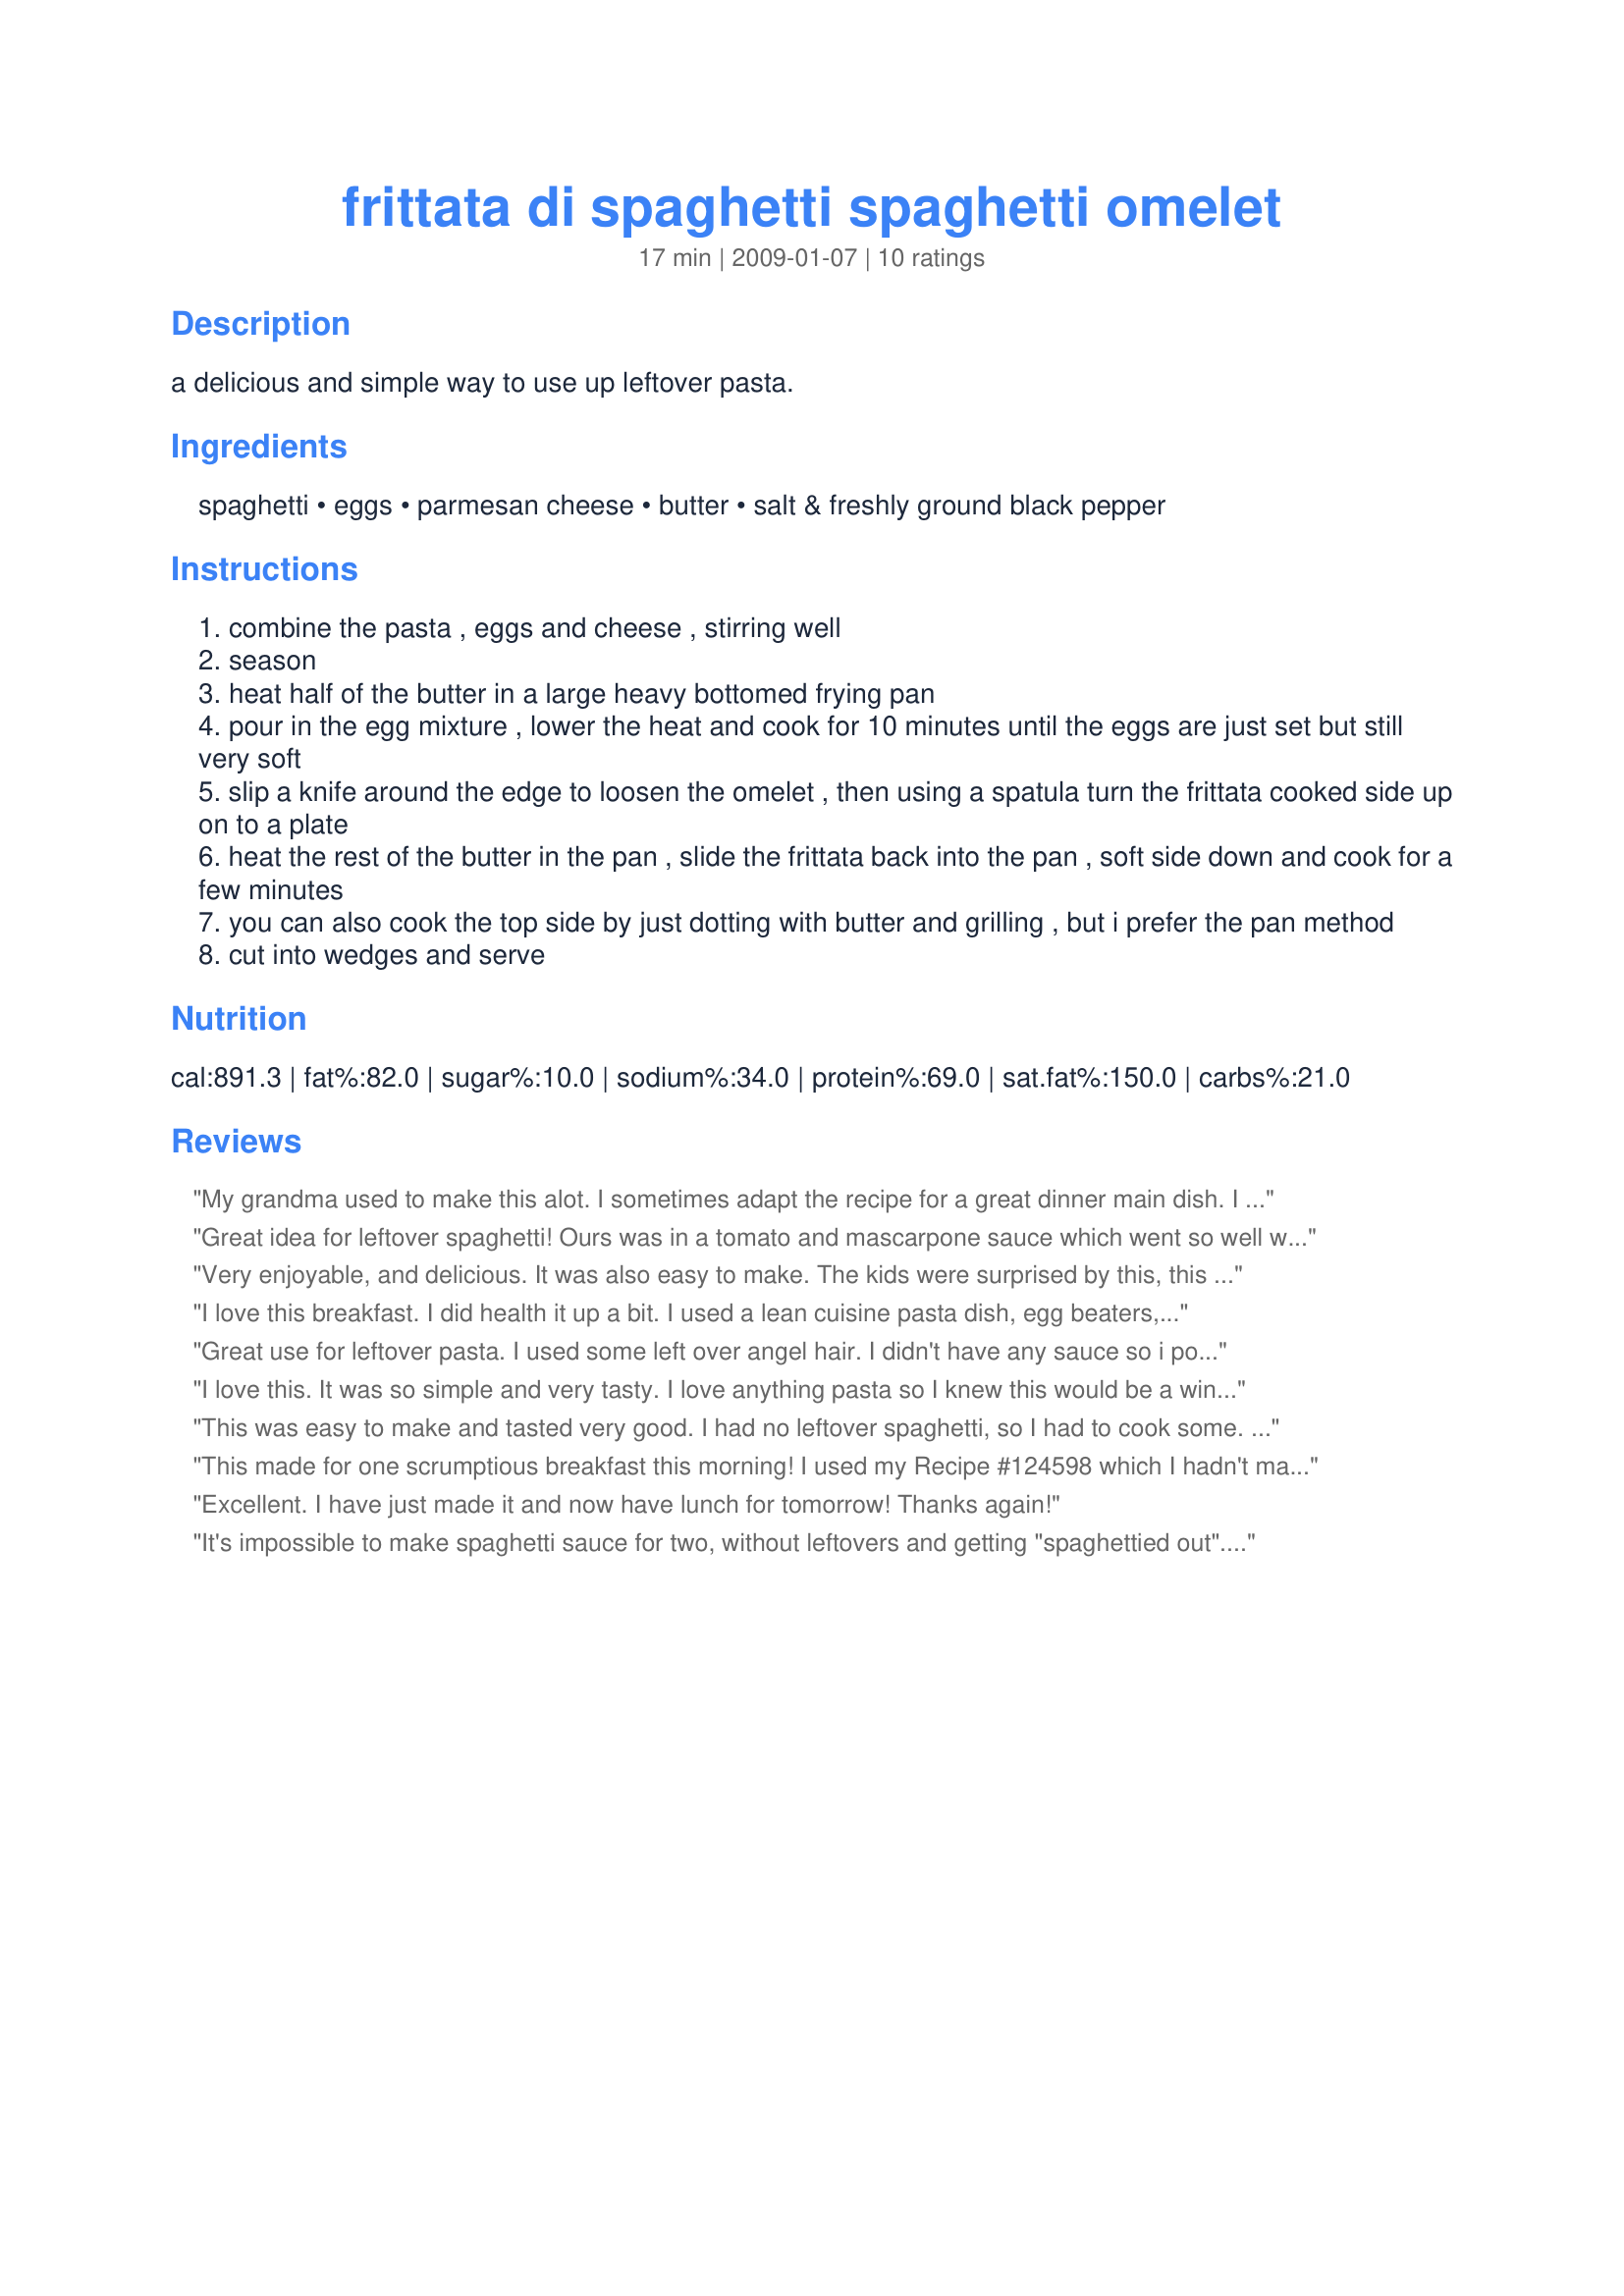
frittata di spaghetti spaghetti omelet
Preparation time: 17 minutes

a delicious and simple way to use up leftover pasta.

Ingredients:
spaghetti, eggs, parmesan cheese, butter, salt & freshly ground black pepper

Steps:
combine the pasta , eggs and cheese , stirring well
season
heat half of the butter in a large heavy bottomed frying pan
pour in the egg mixture , lower the heat and cook for 10 minutes until the eggs are just set but still very soft
slip a knife around the edge to loosen the omelet , then using a spatula turn the frittata cooked side up on to a plate
heat the rest of the butter in the pan , slide the frittata back into the pan , soft side down and cook for a few minutes
you can also cook the top side by just dotting with butter and grilling , but i prefer the pan method
cut into wedges and serve

Reviews:
My grandma used to make this alot. I sometimes adapt the recipe for a great dinner main dish. I include any and all pizza toppings that I have on hand, save the cheese for the top, and prepare it like a pizza after the initial turn, placing it in the oven for a few minutes. Great recipe, economical, and all in one pan too !
Great idea for leftover spaghetti! Ours was in a tomato and mascarpone sauce which went so well with the cheese and egg mix. Will definitely make this again!
Very enjoyable, and delicious. It was also easy to make. The kids were surprised by this, this morning. Made for Zaar Stars.
I love this breakfast. I did health it up a bit. I used a lean cuisine pasta dish, egg beaters, and cooking spray. So yummy and only about 360 calories with like 25 grams of protein. So good. I will be having this again. Thanks Noo.
Great use for leftover pasta. I used some left over angel hair. I didn't have any sauce so i pored a quarter bottle of salsa into the mix. Came out nicely. Thanks
I love this. It was so simple and very tasty. I love anything pasta so I knew this would be a winner! Thanks for sharing. Made for Gimme 5 tag.
This was easy to make and tasted very good. I had no leftover spaghetti, so I had to cook some. Drained the spaghetti, put it back in the pan, added sauce, cheese and the eggs then stirred it all together. Put this in my cast iron skillet and it browned nicely. I think I'll add some sauteed onions next time. Thanks for a delicious lunch. Made for *1 2 3 Hit Wonders 2009* game
This made for one scrumptious breakfast this morning! I used my Recipe #124598 which I hadn't made for ages but made a few days ago partly - but not only! - to provide some leftovers for this recipe! I followed the instructions to the letter, including what Noo refers to as the pan method - neat term - as that's what I generally do when making omelettes. Great idea for an omelette and one I'll use again when I have some leftover pasta which is often as I generally make more than we need for the initial meal. Obviously just what this tastes like is going to vary tremendously depending on what leftover pasta you use in it. I'm really looking forward to enjoying this often. Thanks for sharing this recipe, Noo! Made for Newest Zaar Tag.
Excellent. I have just made it and now have lunch for tomorrow!

Thanks again!
It's impossible to make spaghetti sauce for two, without leftovers and getting "spaghettied out". Great new way to use up the LO's. I did health it up with egg beaters & pam, though. Next experiment will be to use the leftover spaghetti squash!
